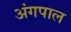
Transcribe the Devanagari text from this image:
अंगपाल